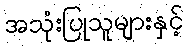
အသုံးပြုသူများနှင့်